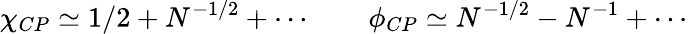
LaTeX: \chi_{CP}\simeq 1/2+N^{-1/2}+\cdots~~~~~~~~\phi_{CP}\simeq N^{-1/2}-N^{-1}+\cdots